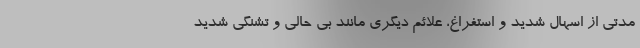
مدتی از اسهال شدید و استفراغ، علائم دیگری مانند بی حالی و تشنگی شدید